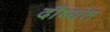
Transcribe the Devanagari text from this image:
दौष्यंत